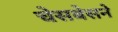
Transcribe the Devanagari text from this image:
चेसबेसने